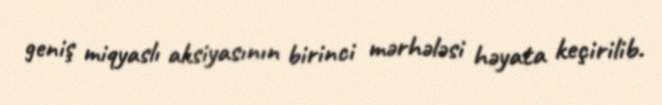
geniş miqyaslı aksiyasının birinci mərhələsi həyata keçirilib.